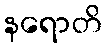
နရောတိ